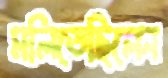
মলিতেছিলেন